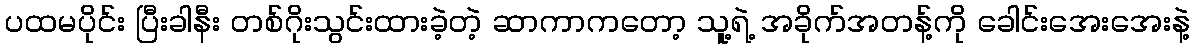
ပထမပိုင်း ပြီးခါနီး တစ်ဂိုးသွင်းထားခဲ့တဲ့ ဆာကာကတော့ သူ့ရဲ့ အခိုက်အတန့်ကို ခေါင်းအေးအေးနဲ့